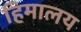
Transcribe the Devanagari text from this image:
हिमालय